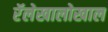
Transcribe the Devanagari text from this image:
रॅलेखालोखाल